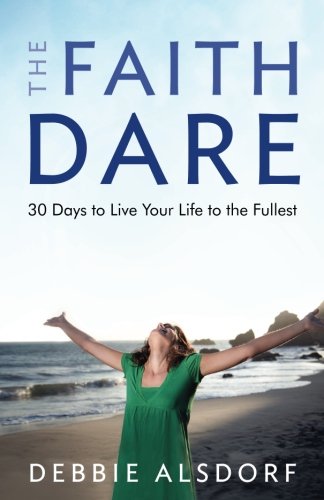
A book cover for The Faith Dare: 30 Days to Live Your Life to the Fullest; Debbie Alsdorf; Christian Books & Bibles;